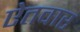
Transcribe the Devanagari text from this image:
ऐतवार